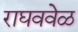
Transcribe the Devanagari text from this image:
राघववेळ